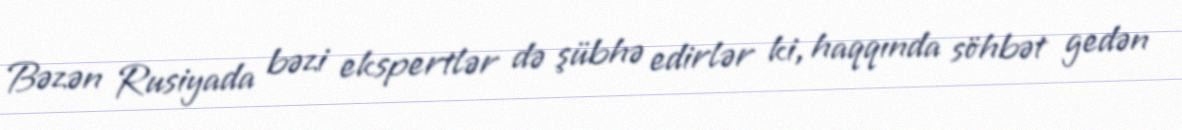
Bəzən Rusiyada bəzi ekspertlər də şübhə edirlər ki, haqqında söhbət gedən